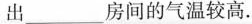
出___房间的气温较高。